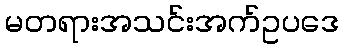
မတရားအသင်းအက်ဥပဒေ